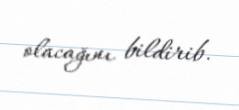
olacağını bildirib.